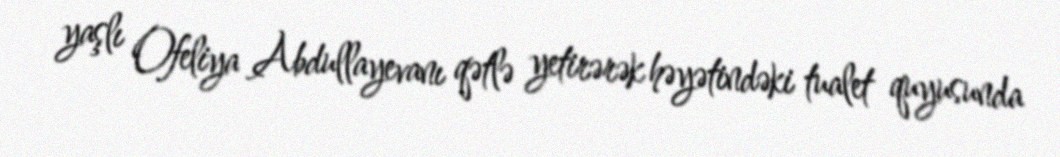
yaşlı Ofeliya Abdullayevanı qətlə yetirərək həyətindəki tualet quyusunda